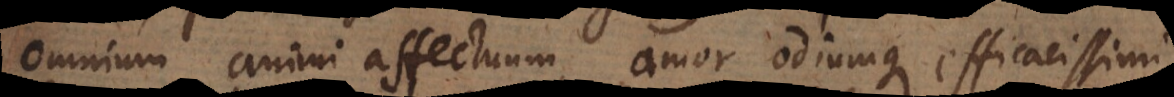
omnium animi affectuum, amor odiumque efficacissimi